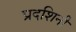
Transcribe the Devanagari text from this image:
प्रदशिनी